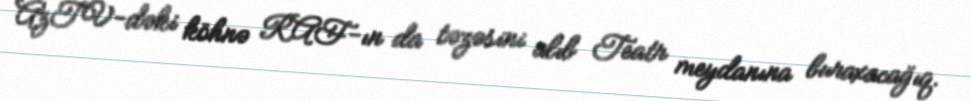
AzTV-dəki köhnə RAF-ın da təzəsini alıb Teatr meydanına buraxacağıq.